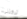
تركتنى